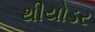
થીયોડર